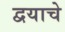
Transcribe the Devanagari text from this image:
द्वयाचे